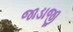
જાડાજી